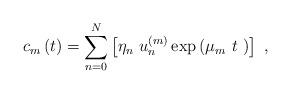
LaTeX: \begin{align*}c_{m}\left( t\right) =\sum_{n=0}^{N}\left[ \eta _{n}~u_{n}^{\left( m\right)}\exp \left( \mu _{m}~t~\right) \right] ~,\end{align*}